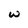
Character: w